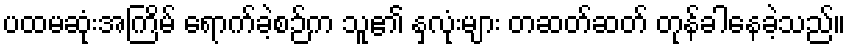
ပထမဆုံးအကြိမ် ရောက်ခဲ့စဉ်က သူ၏ နှလုံးများ တဆတ်ဆတ် တုန်ခါနေခဲ့သည်။